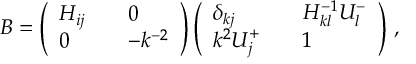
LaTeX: { \cal B } = \left( \begin{array} { l l l } { { H _ { i j } } } & { { } } & { { 0 } } \\ { { 0 } } & { { } } & { { - k ^ { - 2 } } } \end{array} \right) \left( \begin{array} { l l l } { { \delta _ { k j } } } & { { } } & { { H _ { k l } ^ { - 1 } U _ { l } ^ { - } } } \\ { { k ^ { 2 } U _ { j } ^ { + } } } & { { } } & { { 1 } } \end{array} \right) \, ,